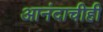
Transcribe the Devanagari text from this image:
आनंदाचीही